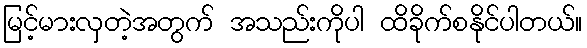
မြင့်မားလှတဲ့အတွက် အသည်းကိုပါ ထိခိုက်စနိုင်ပါတယ်။